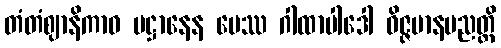
တံတံဈာနိကာဝ ပဋ္ဌာနေန ပေဿ ဂါထာပါဒေါ ဝိဇ္ဇမာနပညတ္တိ